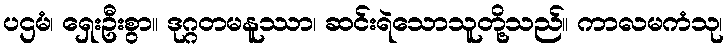
ပဌမံ၊ ရှေးဦးစွာ။ ဒုဂ္ဂတမနူဿာ၊ ဆင်းရဲသောသူတို့သည်။ ကာလမကံသု၊